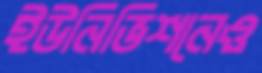
ইউনিভিশনেও